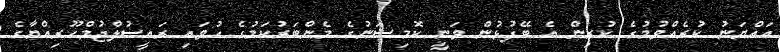
އަައްޔަނު ކުރެއްވުމުގެ ކުރިން އެ ބޭފުޅުން ވަނީ ކޮމިޝަނުގެ މެންބަރުކަމުގެ ހުވައި ރައީސުލްޖުމްހޫރިއްޔާގެ